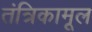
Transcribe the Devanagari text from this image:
तंत्रिकामूल